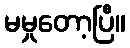
မမှုတော့ပြီ။